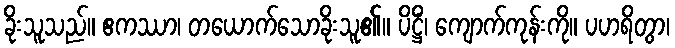
ခိုးသူသည်။ ဧကဿာ၊ တယောက်သောခိုးသူ၏။ ပိဋ္ဌိံ၊ ကျောက်ကုန်းကို။ ပဟရိတွာ၊